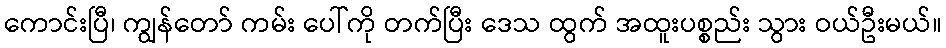
ကောင်းပြီ၊ ကျွန်တော် ကမ်း ပေါ်ကို တက်ပြီး ဒေသ ထွက် အထူးပစ္စည်း သွား ဝယ်ဦးမယ်။